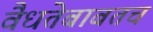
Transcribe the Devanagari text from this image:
वैधतेबाबतच